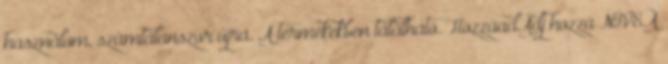
használom, számtalanszor újra. A termékekben található. HozzáadAdj hozzá NIVEA